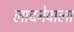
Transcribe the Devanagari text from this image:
लादनेवाला